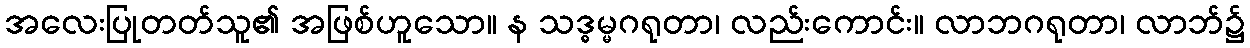
အလေးပြုတတ်သူ၏ အဖြစ်ဟူသော။ န သဒ္ဓမ္မဂရုတာ၊ လည်းကောင်း။ လာဘဂရုတာ၊ လာဘ်၌